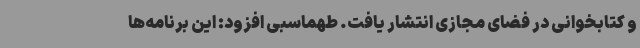
و کتابخوانی در فضای مجازی انتشار یافت. طهماسبی افزود: این برنامه‌ها